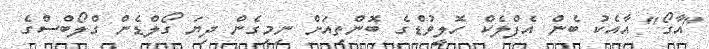
"އާގޯ" އާއެކު ބެން އެފްލެކް ހޮލީވުޑްގެ ބޮންތިއަށް ނިމިގެން ދިޔަ ގޯލްޑެން ގްލޯބްސްގެ